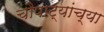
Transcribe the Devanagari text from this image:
चौपाट्यांच्या